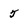
Character: 5